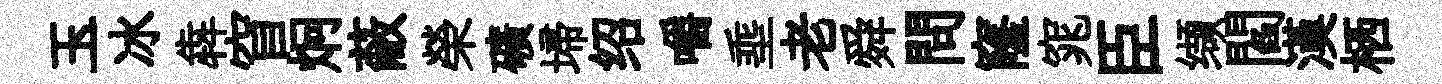
玉冰犇窅炯蔽榮礦埽绍嚼埀老舜問窿窕臣缬閻漢栖